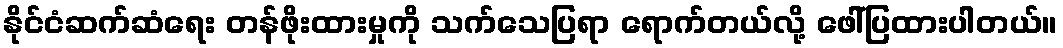
နိုင်ငံဆက်ဆံရေး တန်ဖိုးထားမှုကို သက်သေပြရာ ရောက်တယ်လို့ ဖေါ်ပြထားပါတယ်။